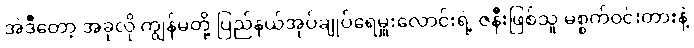
အဲဒီတော့ အခုလို ကျွန်မတို့ ပြည်နယ်အုပ်ချုပ်ရေမှူးလောင်းရဲ့ ဇနီးဖြစ်သူ မစ္စက်ဝင်းတားနဲ့